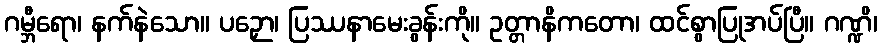
ဂမ္ဘီရော၊ နက်နဲသော။ ပဉှော၊ ပြဿနာမေးခွန်းကို။ ဥတ္တာနိကတော၊ ထင်စွာပြုအပ်ပြီ။ ဂဏ္ဍိ၊